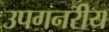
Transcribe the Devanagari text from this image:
उपगनरीय